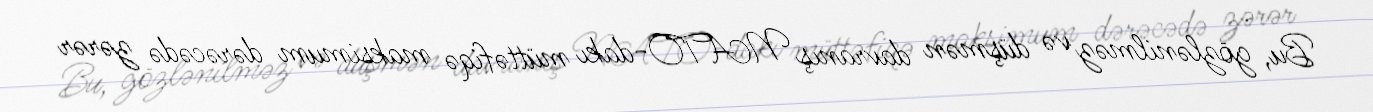
Bu, gözlənilməz və düşmən davranış NATO-dakı müttəfiqə maksimum dərəcədə zərər